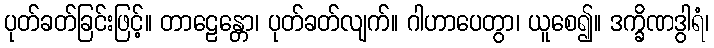
ပုတ်ခတ်ခြင်းဖြင့်။ တာဠေန္တော၊ ပုတ်ခတ်လျက်။ ဂါဟာပေတွာ၊ ယူစေ၍။ ဒက္ခိဏဒွါရံ၊